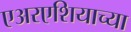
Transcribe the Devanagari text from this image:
एअरएशियाच्या